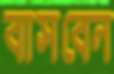
বাসবেন